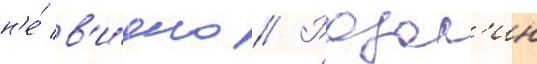
н'е́ в'и́дно // Розал'ин